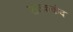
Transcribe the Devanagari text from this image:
शल्ककंद